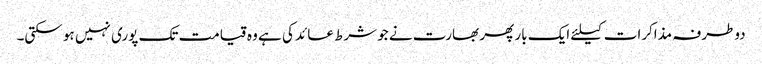
دوطرفہ مذاکرات کیلئے ایک بار پھر بھارت نے جو شرط عائد کی ہے وہ قیامت تک پوری نہیں ہو سکتی۔